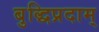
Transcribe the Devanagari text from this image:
बुद्धिप्रदाम्